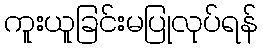
ကူးယူခြင်းမပြုလုပ်ရန်